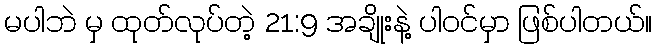
မပါဘဲ မှ ထုတ်လုပ်တဲ့ 21:9 အချိုးနဲ့ ပါဝင်မှာ ဖြစ်ပါတယ်။